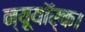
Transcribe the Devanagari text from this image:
न्यूयॉर्क।